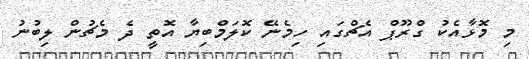
މި މޮޅާއެކު ގްރޫޕް އެޗްގައި ހިމެނޭ ކޮލަމްބިޔާ އޮތީ ދެ މެޗުން ލިބުނު